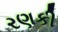
રણકી